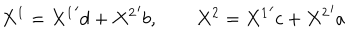
X ^ { 1 } = { X ^ { 1 } } ^ { \prime } d + { X ^ { 2 } } ^ { \prime } b , \qquad X ^ { 2 } = { X ^ { 1 } } ^ { \prime } c + { X ^ { 2 } } ^ { \prime } a